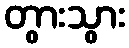
တွားသွား